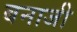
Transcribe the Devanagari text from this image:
बनाजी